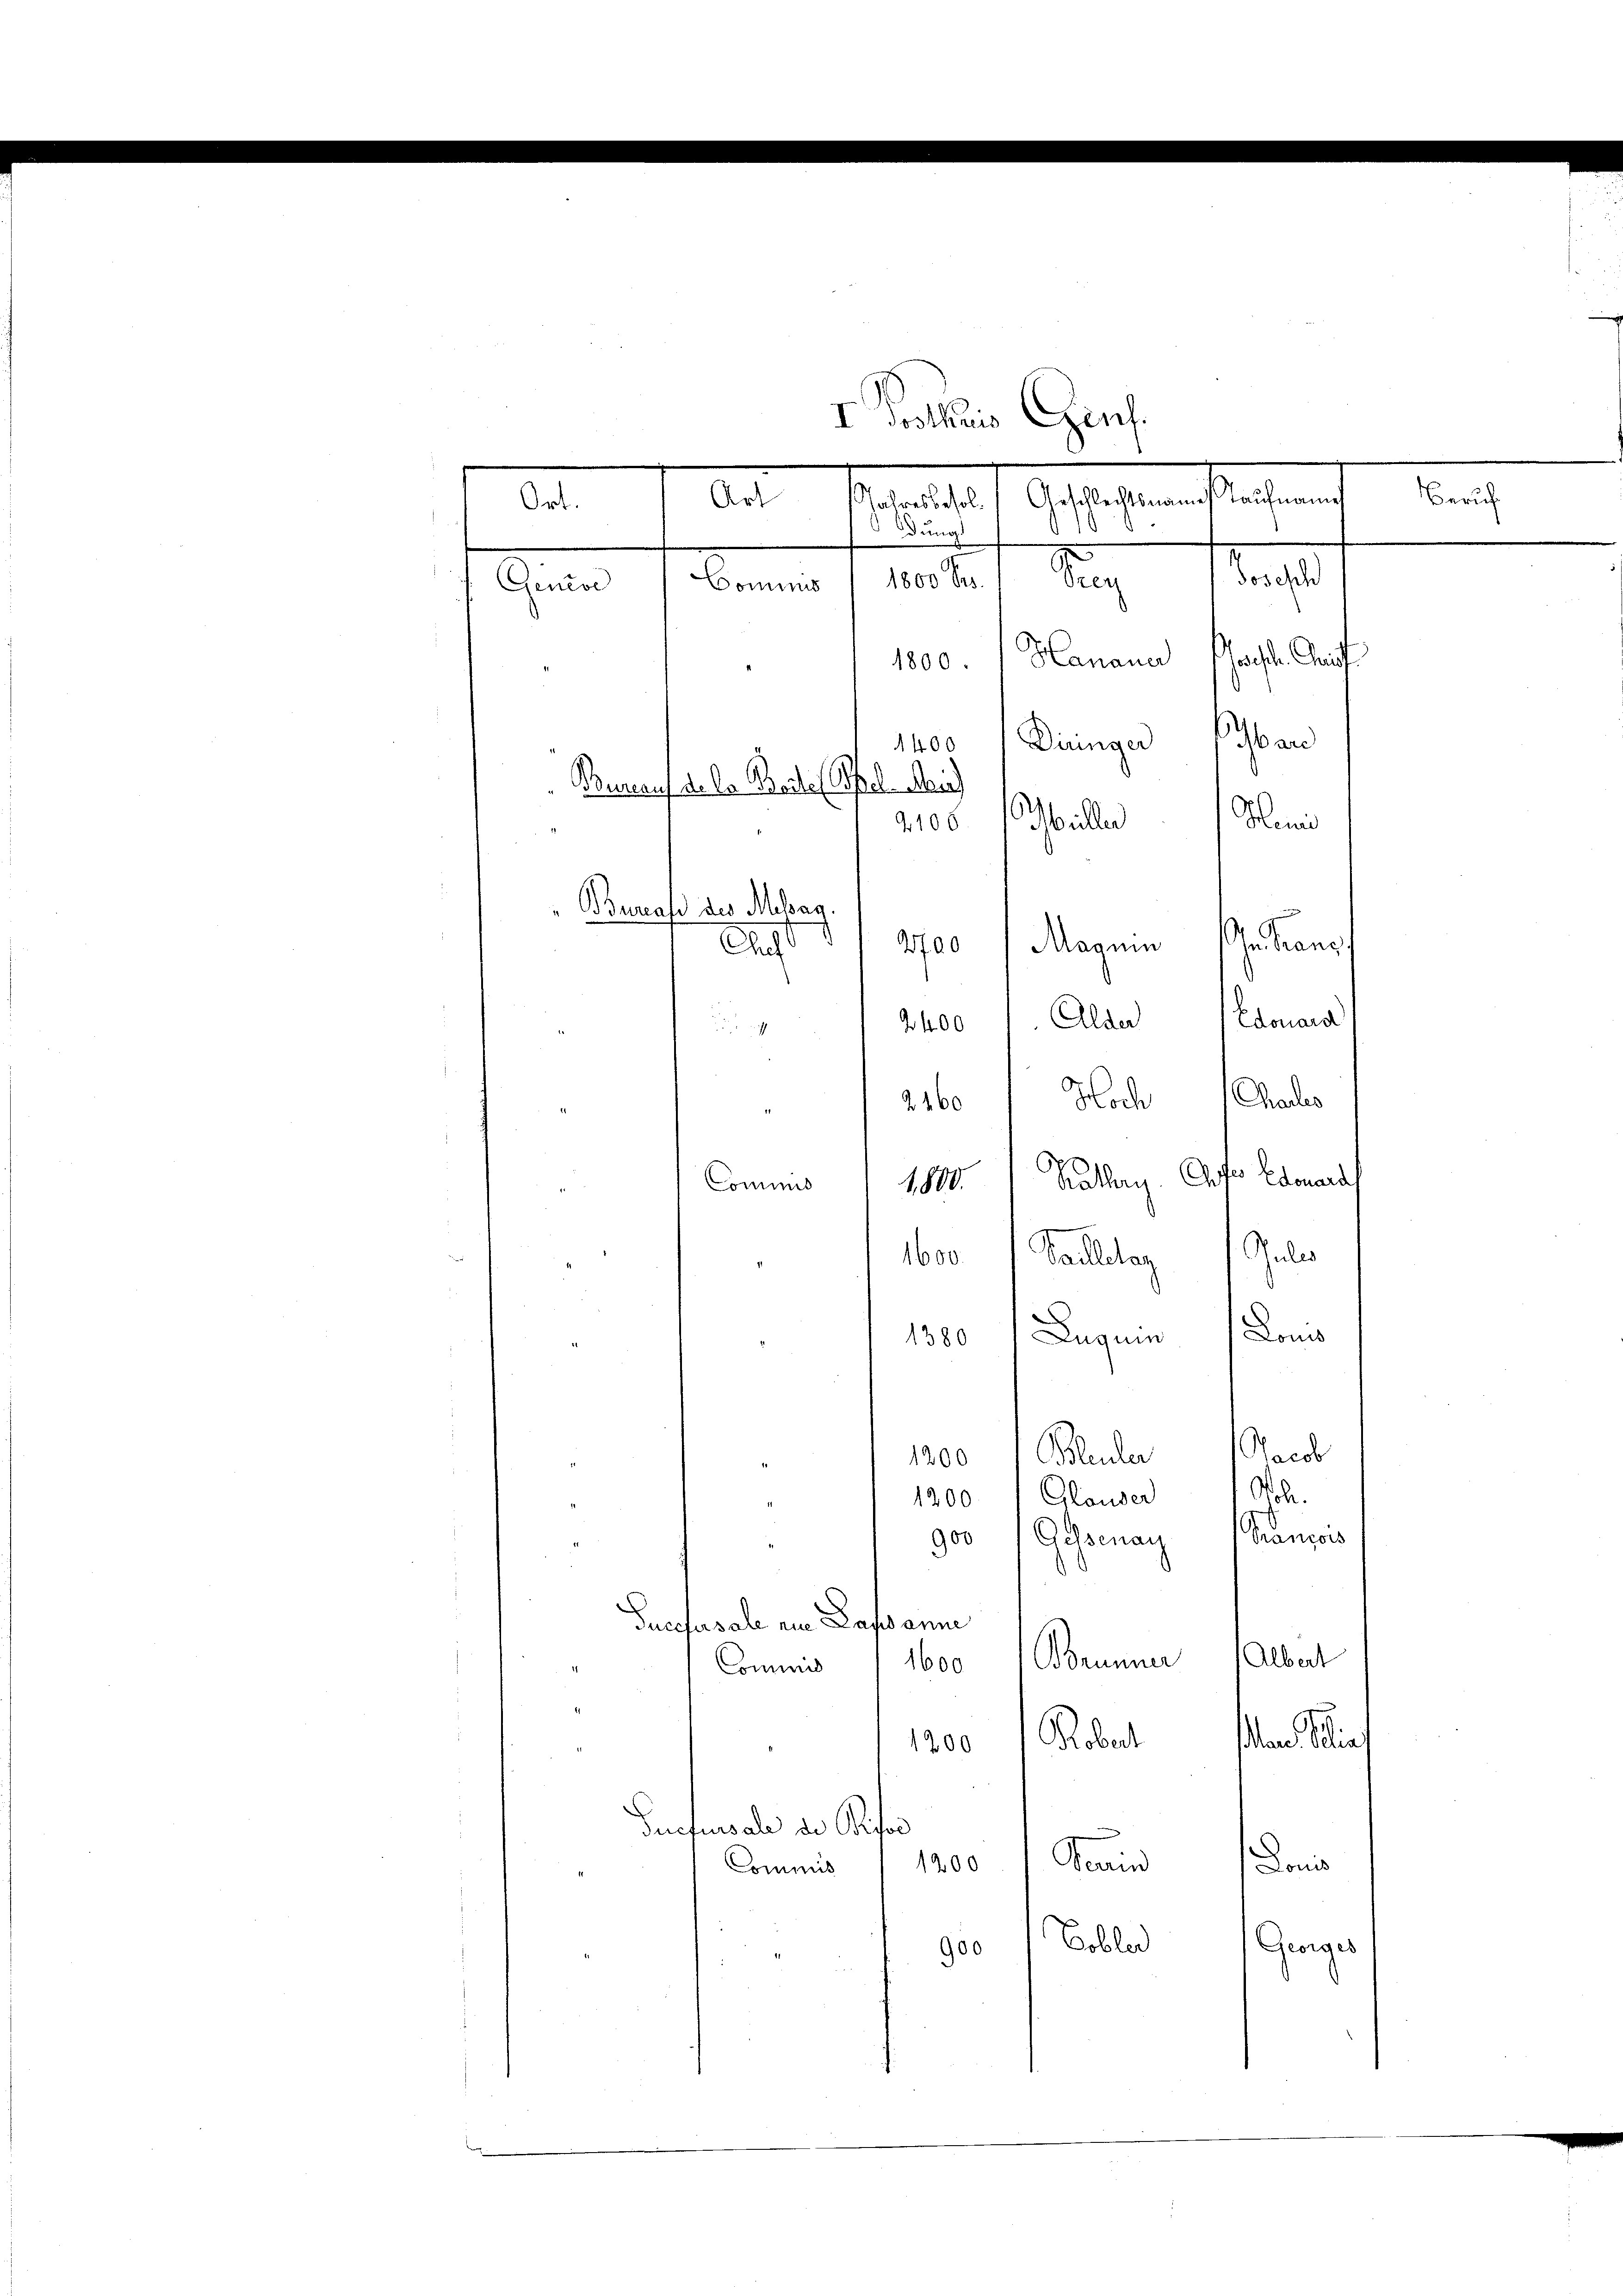
I Pothris Genf.
Statthaft Gesetzten fleistung
dung.
d sag
1800 Se.
Cominis
Genzol
Hanauer
haften Kauf
1800.
1400 Dinger ban
Bureau de la Breite (Oel Mein
Muni
2100 Müller
h. Kanz.
Maguin
200
a
2400. Alder Edouard
e
2160 Noch 1 Charlo
1800 Kathari. Chifer Edouard
Commis
e
160. Pauleitag Gulas
.
Lons
Lugun
1380
Jacob
1200 Bleuler
Noh.
1200 Glauser
Panzos
900 (Gessenau
n
Tuccfrsale nie Lausanne
Albert
Brunner
Comuni 1600
dan eine
1200 Robert
Suctursale de Pro
Kanin
1200
Louis
Commis
Coble
Geiges
" " 900

Art
Ort.

Bureau des Melag.

Beruf